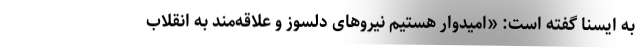
به ایسنا گفته است: «امیدوار هستیم نیروهای دلسوز و علاقه‌مند به انقلاب